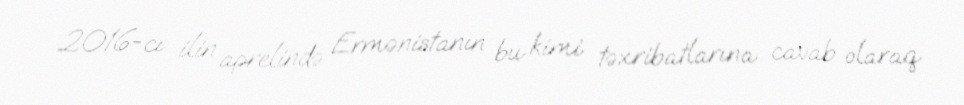
2016-cı ilin aprelində Ermənistanın bu kimi təxribatlarına cavab olaraq